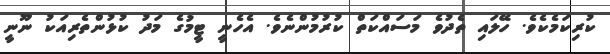
ކުރިކަމެކެވެ. ހޭލައި ތެދުވެ މަސައްކަތް ކުރުމުންނެވެ. އެހެނީ ޓީމުގެ މަދު ކުޅުންތެރިއަކު ނޫނީ